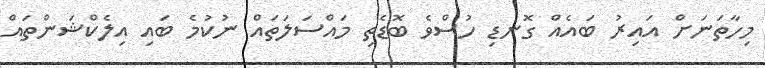
މިހާތަނަށް އައިރު ބައެއް ގޮނޑި ހުސްވެ ބޮޑެތި މައްސަލަތައް ނުކުމެ ބައި އިލެކްޝަންތައް